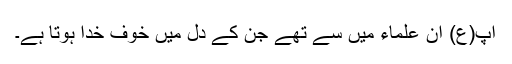
آپ(ع) ان علماء میں سے تھے جن کے دل میں خوف خدا ہوتا ہے۔